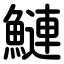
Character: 鰱